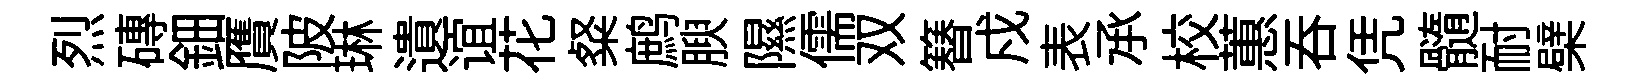
烈磚鈿贋陂琳遺谊花粲鹧腴隰儒双簮戍表𠄘校蕙呑凭髓耐檗